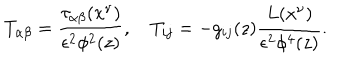
LaTeX: T _ { \alpha \beta } = \frac { \tau _ { \alpha \beta } ( x ^ { \nu } ) } { \epsilon ^ { 2 } \phi ^ { 2 } ( z ) } , ~ T _ { i j } = - g _ { i j } ( z ) \frac { L ( x ^ { \nu } ) } { \epsilon ^ { 2 } \phi ^ { 4 } ( z ) } .